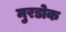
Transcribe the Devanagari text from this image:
मुरडोक